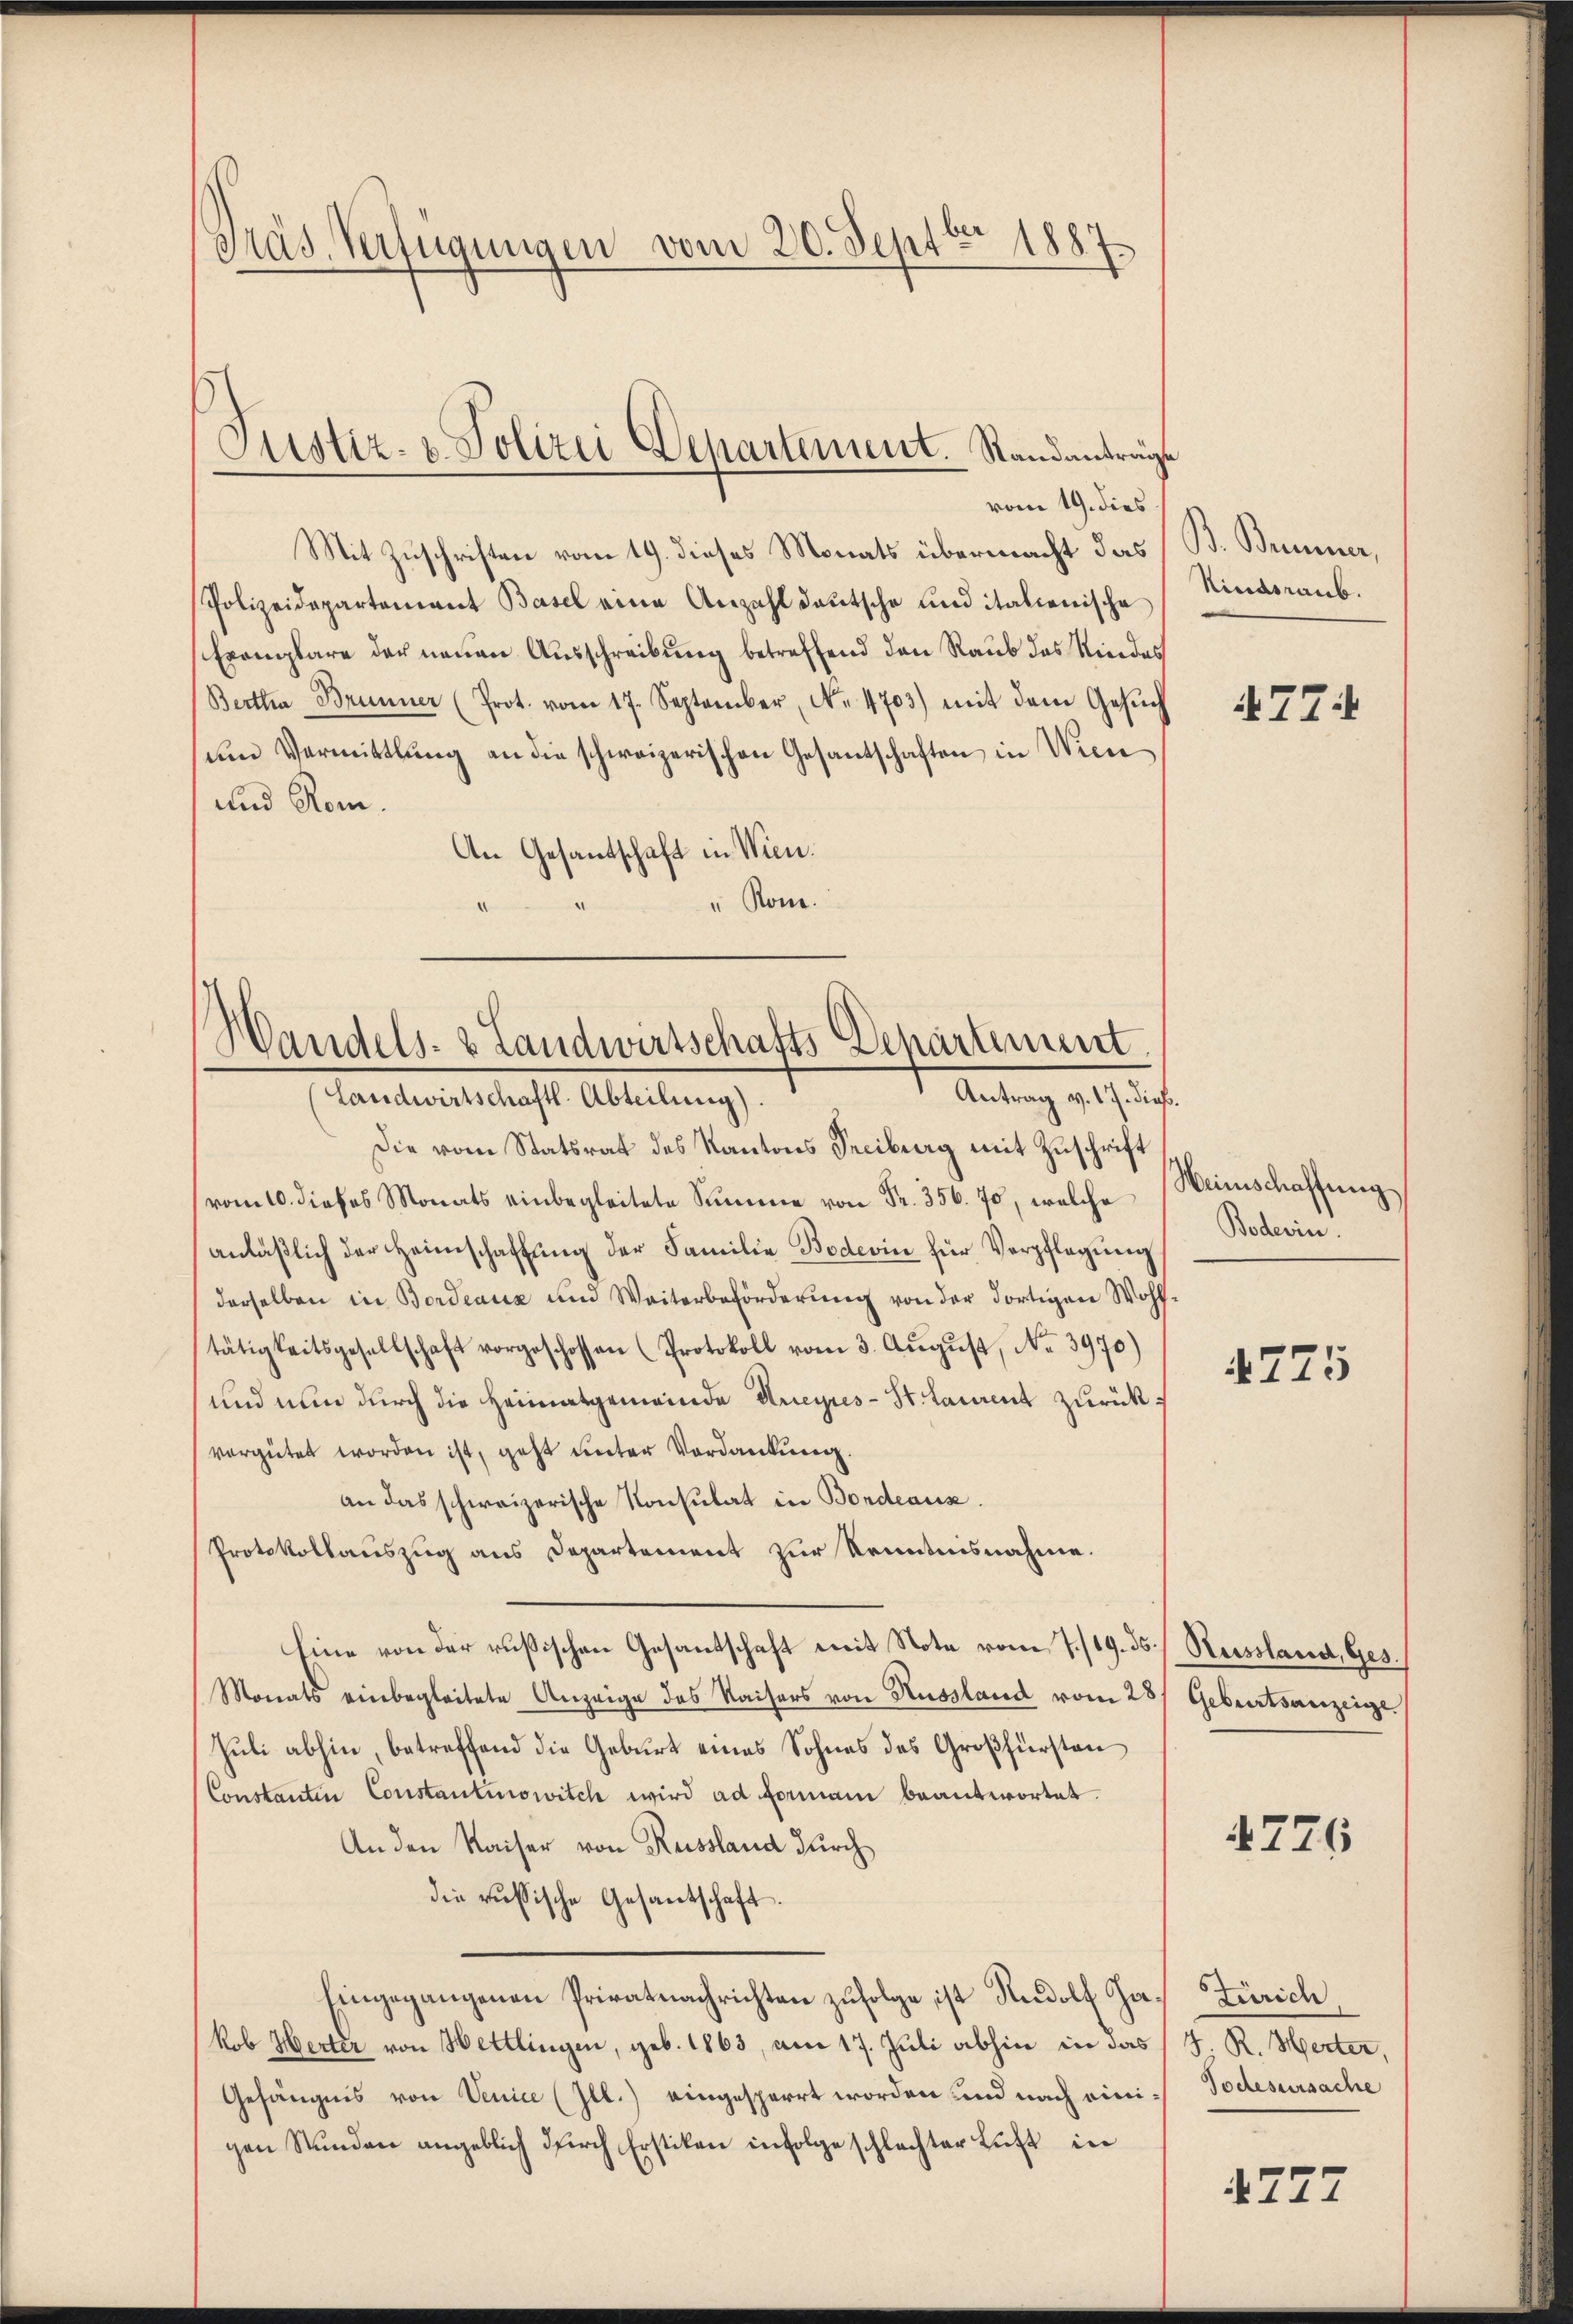
Präs. Verfügungen vom 20. Septbr 1887

vom 19. dies
Mit Zuschriften vom 19. dieses Monats übermacht das B. Brunner,
Polizeidepartement Basel eine Anzahl deutsche und italienische
Exemplare der neuen Ausschreibung betreffend den Raub das Kindes
Bertha Brunner (Prot. vom 17. September, No. 4703) mit dem Gesŭch
um Vermittlung an die schweizerischen Gesantschaften in Wien
und Rom.
An Gesandschaft in Wien.
" Rom.

Justiz- & Polizei Departement. Standanträge

Handels- & Landwirtschafts Departement
Antrag v. 17. dieß.
(Landwirtschaftl. Abteilung).

Die vom Statsrat des Kantons Seciburg mit Zuschrift
(vom 10. dieses Monats einbegleitete Summe von Fr. 356. 70, welche
anläßlich der Heimschaffung der Familie Bodevin für Verpflegung
derselben in Bordeaux und Weiterbeförderŭng von der dortigen Wohl-
tätigkeitsgesellschaft vorgeschossen (Protokoll vom 3. August, No. 3970)
und nun durch die Heimatgemeinde Aneyres-St. Laurent zurückvergütet worden ist, geht unter Verdankung.
an das schweizerische Konsulat in Bordeaux.
Protokollauszug aus Departement zur Kenntnisnahme.
Eine von der russischen Gesandschaft mit Note vom 7./19. ds. Russland, Ges.
Monats einbegleitete Anzeige des Kaisers von Russland vom 28/ Geburtsanzeige.
Juli abhin, betreffend die Geburt eines Sohnes des Großfürsten
Constantin Constantinowitch wird ad Formann beantwortet.
An den Kaiser von Russland durch
die russische Gesandschaft.
hingegangenen Privatnachrichten zufolge ist Rudolf Ja. Zürich
kob Herter von Hettlingen, geb. 1863, am 17. Juli abhin in das J. R. Herter,
Gefängnis von Venice (Ill.) eingesperrt worden und nach eini- Todesursache
gen Stŭnden angeblich dŭrch Erstiken infolge schlechter Luft in

Kindsraub.

477

Weinschaffung
Boderin

775

4776

4777